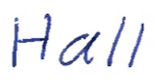
Text: Hall
Cross-out: clean
Writing tool: ballpoint